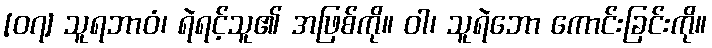
[၀၇] သူရဘာဝံ၊ ရဲရင့်သူ၏ အဖြစ်ကို။ ဝါ၊ သူရဲဘော ကောင်းခြင်းကို။